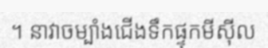
។ នាវាចម្បាំងជើងទឹកផ្ទុកមីស៊ីល